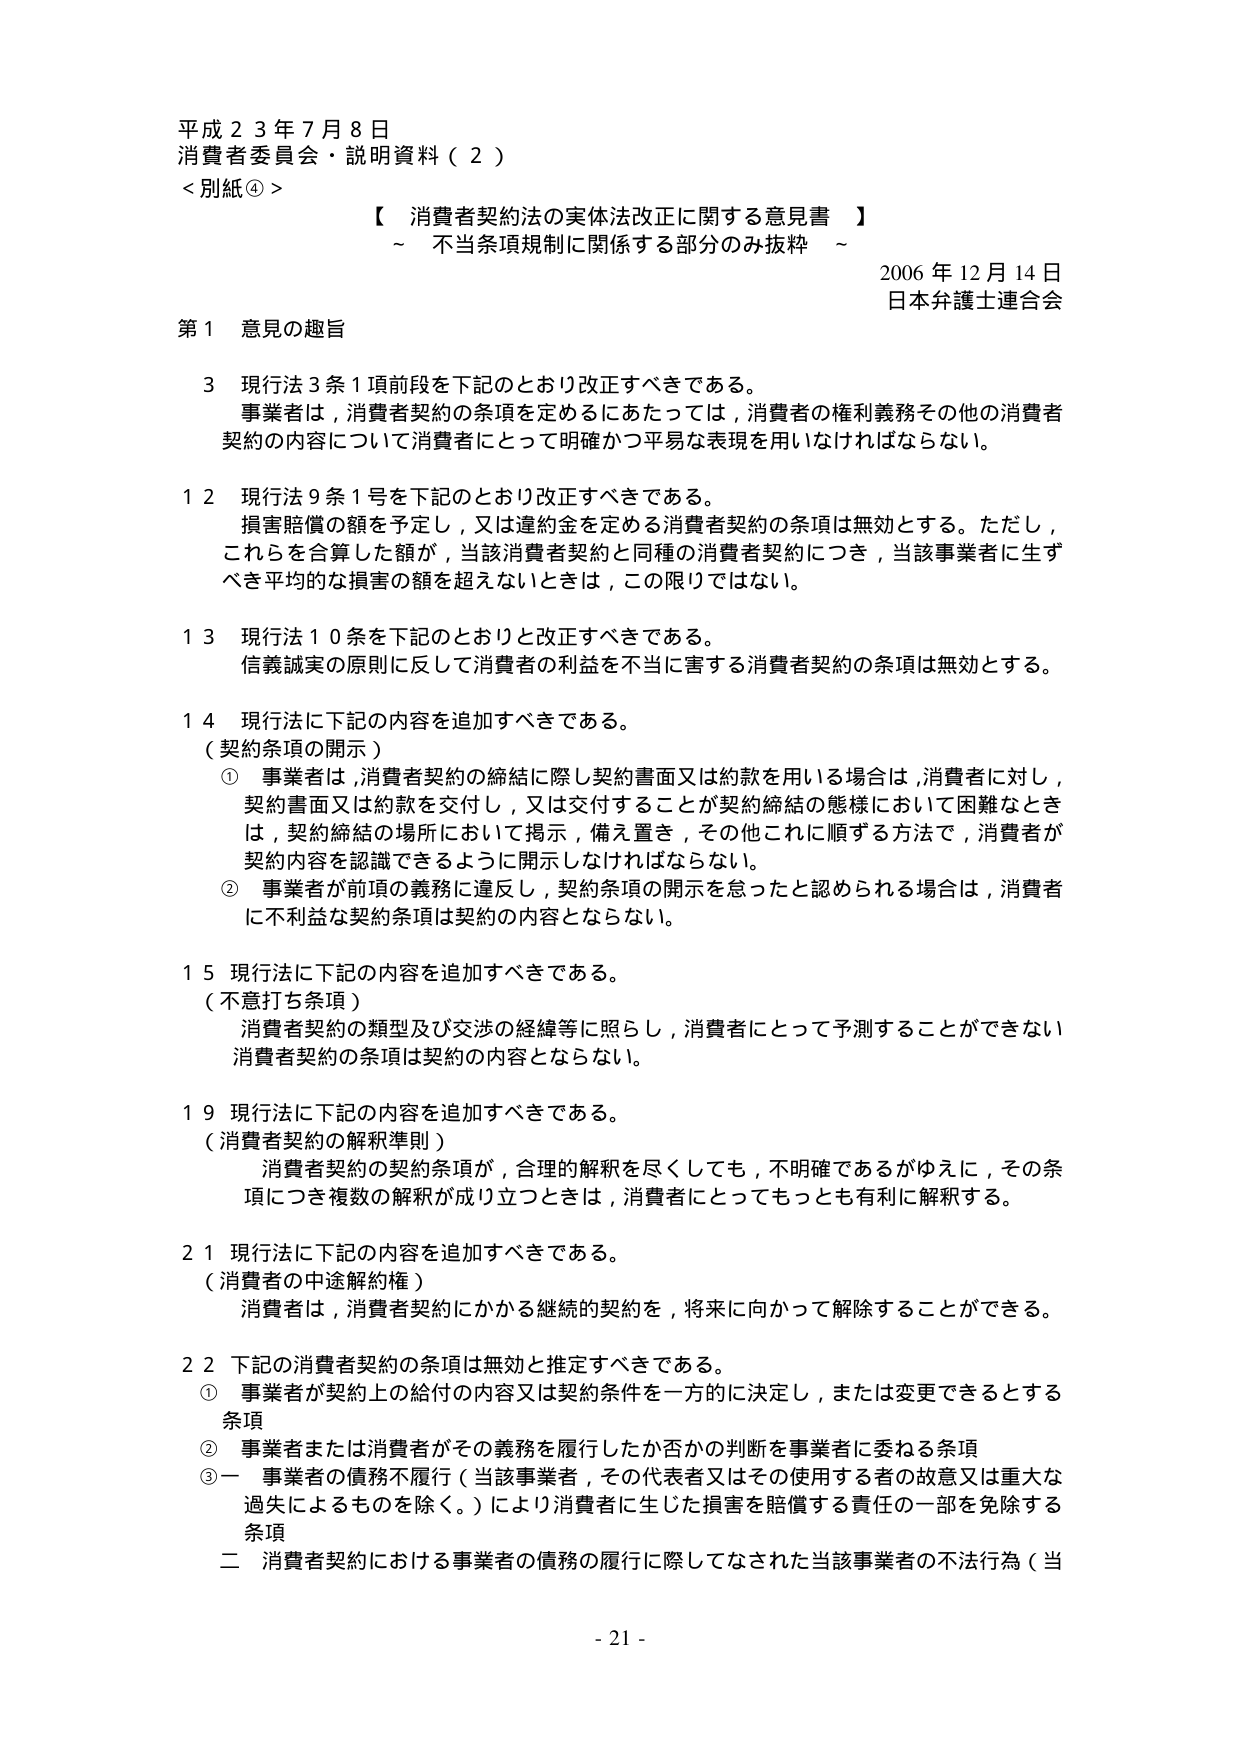
平成２３年７月８日
消費者委員会・説明資料（２）
＜別紙④＞

【 消費者契約法の実体法改正に関する意見書 】
～ 不当条項規制に関係する部分のみ抜粋 ～
2006年12月14日
日本弁護士連合会

第１ 意見の趣旨

３ 現行法３条１項前段を下記のとおり改正すべきである。
事業者は，消費者契約の条項を定めるにあたっては，消費者の権利義務その他の消費者
契約の内容について消費者にとって明確かつ平易な表現を用いなければならない。

１２ 現行法９条１号を下記のとおり改正すべきである。
損害賠償の額を予定し，又は違約金を定める消費者契約の条項は無効とする。ただし，
これらを合算した額が，当該消費者契約と同種の消費者契約につき，当該事業者に生ず
べき平均的な損害の額を超えないときは，この限りではない。

１３ 現行法１０条を下記のとおり改正すべきである。
信義誠実の原則に反して消費者の利益を不当に害する消費者契約の条項は無効とする。

１４ 現行法に下記の内容を追加すべきである。
（契約条項の開示）
① 事業者は，消費者契約の締結に際し契約書面又は約款を用いる場合は，消費者に対し，
契約書面又は約款を交付し，又は交付することが契約締結の態様において困難なとき
は，契約締結の場所において掲示，備え置き，その他これに順ずる方法で，消費者が
契約内容を認識できるように開示しなければならない。
② 事業者が前項の義務に違反し，契約条項の開示を怠ったと認められる場合は，消費者
に不利益な契約条項は契約の内容とならない。

１５ 現行法に下記の内容を追加すべきである。
（不意打ち条項）
消費者契約の類型及び交渉の経緯等に照らし，消費者にとって予測することができない
消費者契約の条項は契約の内容とならない。

１９ 現行法に下記の内容を追加すべきである。
（消費者契約の解釈準則）
消費者契約の契約条項が，合理的解釈を尽くしても，不明確であるがゆえに，その条
項につき複数の解釈が成り立つときは，消費者にとってもっとも有利に解釈する。

２１ 現行法に下記の内容を追加すべきである。
（消費者の中途解約権）
消費者は，消費者契約にかかる継続的契約を，将来に向かって解除することができる。

２２ 下記の消費者契約の条項は無効と推定すべきである。
① 事業者が契約上の給付の内容又は契約条件を一方的に決定し，または変更できるとする
条項
② 事業者または消費者がその義務を履行したか否かの判断を事業者に委ねる条項
③ 一 事業者の債務不履行（当該事業者，その代表者又はその使用する者の故意又は重大な
過失によるものを除く。）により消費者に生じた損害を賠償する責任の一部を免除する
条項
二 消費者契約における事業者の債務の履行に際してなされた当該事業者の不法行為（当

- 21 -